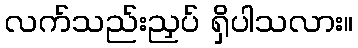
လက်သည်းညှပ် ရှိပါသလား။